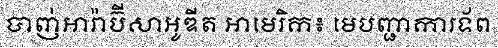
បាញ់អារ៉ាប៊ីសាអូឌីត អាមេរិក៖ មេបញ្ជាការទ័ព